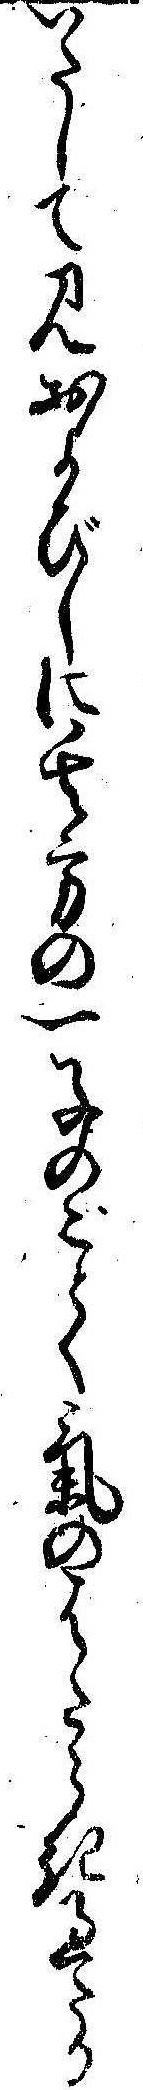
いたして見およびしに其方の一子のごとく気のはたらき過たる